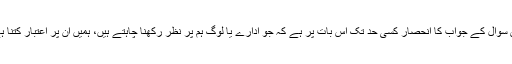
اس سوال کے جواب کا انحصار کسی حد تک اس بات پر ہے کہ جو ادارے یا لوگ ہم پر نظر رکھنا چاہتے ہیں، ہمیں ان پر اعتبار کتنا ہے۔